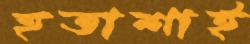
হতাশাই